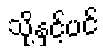
သို့နှင့်ပင်